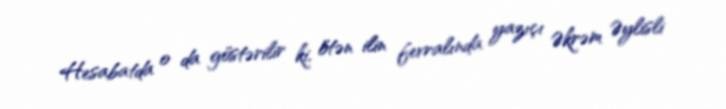
Hesabatda o da göstərilir ki, ötən ilin fevralında yazıçı Əkrəm Əylisli